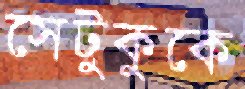
সেটুকুকে